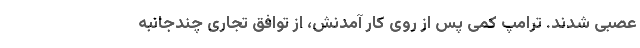
عصبی شدند. ترامپ کمی پس از روی کار آمدنش، از توافق تجاری چندجانبه